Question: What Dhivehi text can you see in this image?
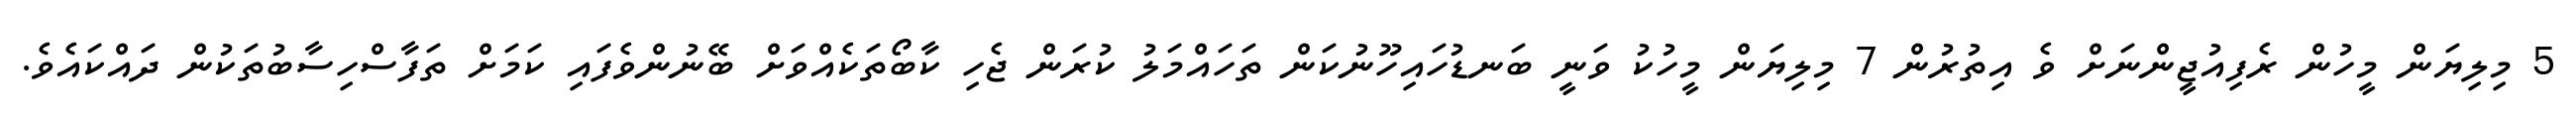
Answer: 5 މިލިޔަން މީހުން ރެފިއުޖީންނަށް ވެ އިތުރުން 7 މިލިޔަން މީހުކު ވަނީ ބަނޑުހައިހޫނުކަން ތަހައްމަލު ކުރަން ޖެހި ކާބޯތަކެއްވަށް ބޭނުންވެފައި ކަމަށް ތަފާސްހިސާބުތަކުން ދައްކައެވެ.